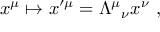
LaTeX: x ^ { \mu } \mapsto x ^ { \prime \mu } = { \Lambda ^ { \mu } } _ { \nu } x ^ { \nu } ~ ,